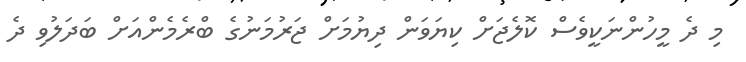
މި ދެ މީހުންނަކީވެސް ކޮލެޖަށް ކިޔަވަން ދިޔުމަށް ޖަރުމަނުގެ ބްރެމެންއަށް ބަދަލުވި ދެ